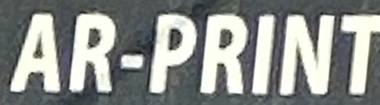
AR-PRINT